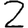
Digit: 2